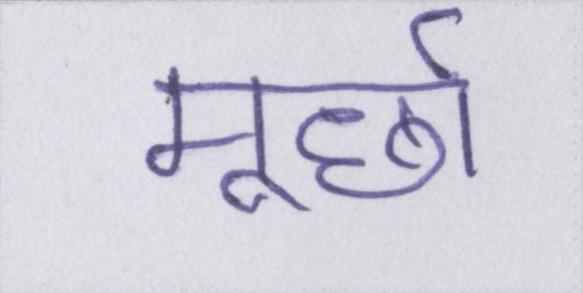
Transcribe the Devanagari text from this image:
मूर्छा